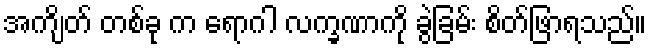
အကျိတ် တစ်ခု က ရောဂါ လက္ခဏာကို ခွဲခြမ်း စိတ်ဖြာရသည်။